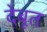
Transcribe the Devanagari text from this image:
देबूत